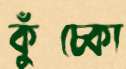
কুঁচ্‌কো